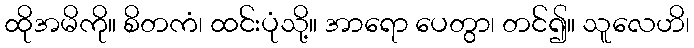
ထိုအမိကို။ စိတကံ၊ ထင်းပုံသို့။ အာရော ပေတွာ၊ တင်၍။ သူလေဟိ၊